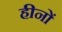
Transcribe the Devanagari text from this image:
हीनों